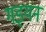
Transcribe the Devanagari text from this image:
गइयन